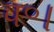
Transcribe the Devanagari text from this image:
प॰।